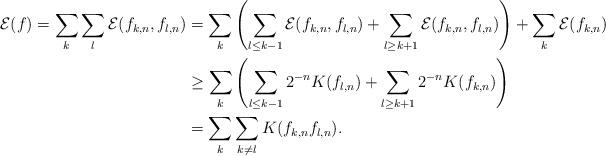
LaTeX: \begin{align*}\mathcal{E}(f)=\sum_k\sum_l \mathcal{E}(f_{k,n},f_{l,n})&=\sum_k\left(\sum_{l\leq k-1}\mathcal{E}(f_{k,n},f_{l,n})+\sum_{l\geq k+1}\mathcal{E}(f_{k,n},f_{l,n})\right)+\sum_k\mathcal{E}(f_{k,n})\\&\geq \sum_k\left(\sum_{l\leq k-1} 2^{-n} K(f_{l,n})+\sum_{l\geq k+1} 2^{-n}K(f_{k,n})\right)\\&=\sum_k\sum_{k\neq l} K(f_{k,n}f_{l,n}).\end{align*}